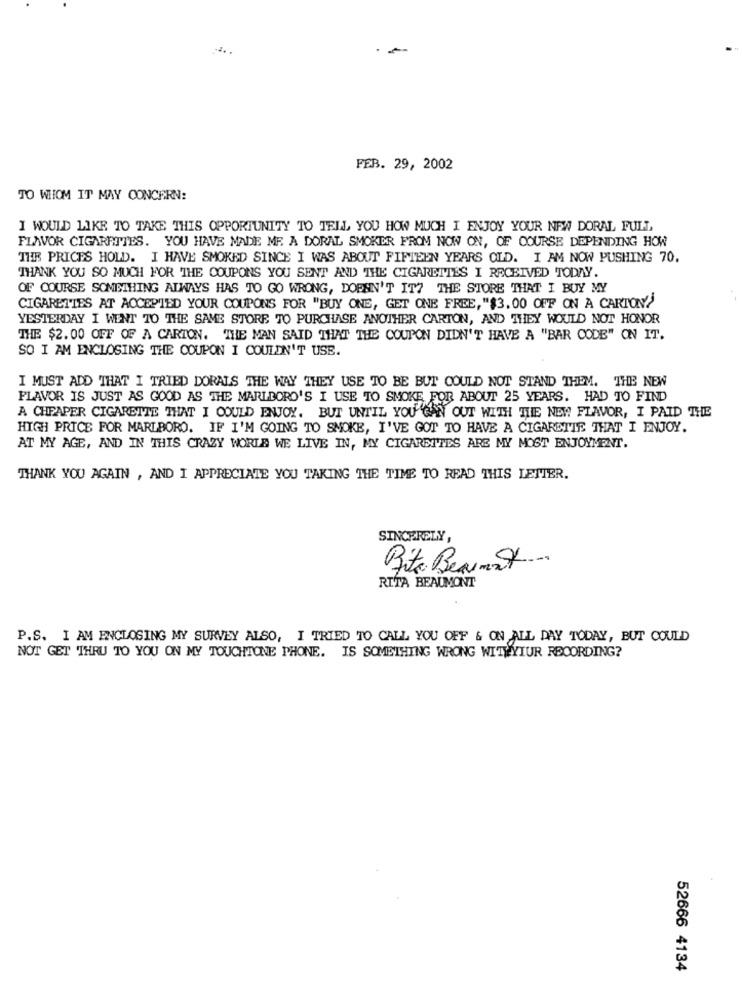
FEB. 29, 2002
TO WHOM IT MAY CONCERN:
I WOULD LIKE TO TAKE THIS OPPORTUNITY TO TELL YOU HOW MUCH I ENJOY YOUR NEW DORAL FULL
FLAVOR CIGARETTES. YOU HAVE MADE ME. A DORAL SMOKER FROM NOW ON, OF COURSE DEPENDING HOW
THE PRICES HOLD. I HAVE SMOKED SINCE I WAS ABOUT FIFTEEN YEARS OLD. I AM NOW PUSHING 70.
THANK YOU SO MUCH FOR THE COUPONS YOU SENT AND THE CIGARETTES I RECEIVED TODAY.
OF COURSE SOMETHING ALWAYS HAS TO GO WRONG, DOESN'T IT? THE STORE THAT I BUY MY
CIGARETTES AT ACCEPTED YOUR COUPONS FOR "BUY ONE, GET ONE FREE, "$3.00 OFF ON A CARTON?
YESTERDAY I WENT TO THE SAME STORE TO PURCHASE ANOTHER CARTON, AND THEY WOULD NOT HONOR
THE $2.00 OFF OF A CARTON. THE MAN SAID THAT THE COUPON DIDN'T HAVE A "BAR CODE" ON IT.
SO I AM ENCLOSING THE COUPON I COULDN'T USE.
I MUST ADD THAT I TRIED DORALS THE WAY THEY USE TO BE BUT COULD NOT STAND THEM. THE NEW
FLAVOR IS JUST AS GOOD AS THE MARLBORO'S I USE TO SMOKE FOR ABOUT 25 YEARS. HAD TO FIND
A CHEAPER CIGARETTE THAT I COULD ENJOY. BUT UNTIL YOU GAN OUT WITH THE NEW FLAVOR, I PAID THE
HIGH PRICE FOR MARLBORO. IF I'M GOING TO SMOKE, I'VE GOT TO HAVE A CIGARETTE THAT I ENJOY.
AT MY AGE, AND IN THIS CRAZY WORLD WE LIVE IN, MY CIGARETTES ARE MY MOST ENJOYMENT.
THANK YOU AGAIN , AND I APPRECIATE YOU TAKING THE TIME TO READ THIS LETTER.
SINCERELY,
Bite Beaumont-
RITA BEAUMONT
P.S. I AM ENCLOSING MY SURVEY ALSO, I TRIED TO CALL YOU OFF & ON ALL DAY TODAY, BUT COULD
NOT GET THRU TO YOU ON MY TOUCHTONE PHONE. IS SOMETHING WRONG WITHYIUR RECORDING?
52666 4134